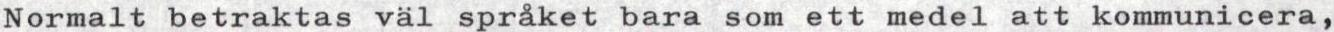
Normalt betraktas väl språket bara som ett medel att kommunicera,